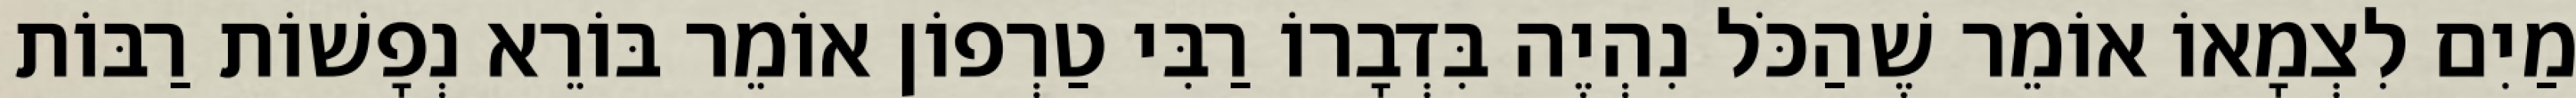
מַיִם לִצְמָאוֹ אוֹמֵר שֶׁהַכֹּל נִהְיֶה בִּדְבָרוֹ רַבִּי טַרְפוֹן אוֹמֵר בּוֹרֵא נְפָשׁוֹת רַבּוֹת